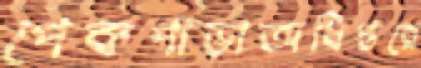
পেকপাড়াঅধিপ্তরে